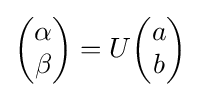
{\begin{pmatrix}\alpha \\\beta \end{pmatrix}}=U{\begin{pmatrix}a\\b\end{pmatrix}}